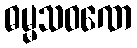
ဓမ္မသဝဏေ